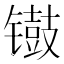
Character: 𫔐